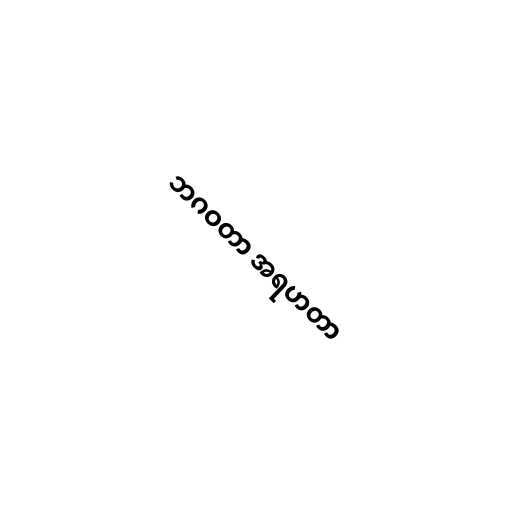
ဘဂဝတာ အရဟတာ